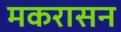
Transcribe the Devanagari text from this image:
मकरासन